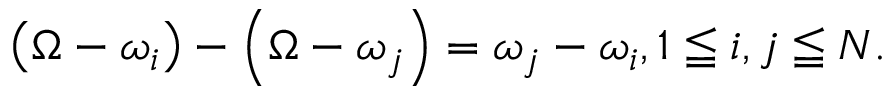
\left( \Omega - \omega _ { i } \right) - \left( \Omega - \omega _ { j } \right) = \omega _ { j } - \omega _ { i } , 1 \leqq i , j \leqq N .